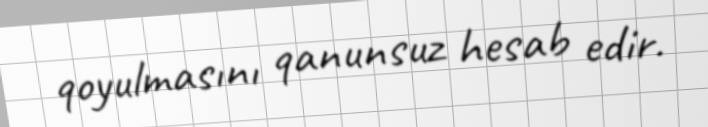
qoyulmasını qanunsuz hesab edir.